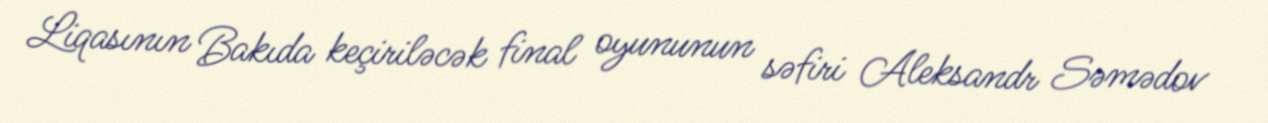
Liqasının Bakıda keçiriləcək final oyununun səfiri Aleksandr Səmədov